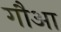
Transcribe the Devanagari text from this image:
गौआ